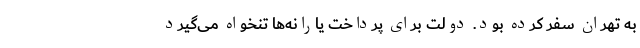
به تهران سفر کرده بود. دولت برای پرداخت یارانه‌ها تنخواه می‌گیرد